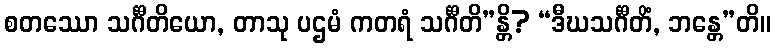
စတဿော သင်္ဂီတိယော, တာသု ပဌမံ ကတရံ သင်္ဂီတိ”န္တိ? “ဒီဃသင်္ဂီတိံ, ဘန္တေ”တိ။